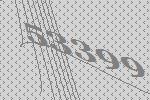
53399